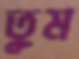
তুম